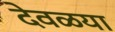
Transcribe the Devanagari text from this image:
देवळया